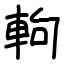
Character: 軥